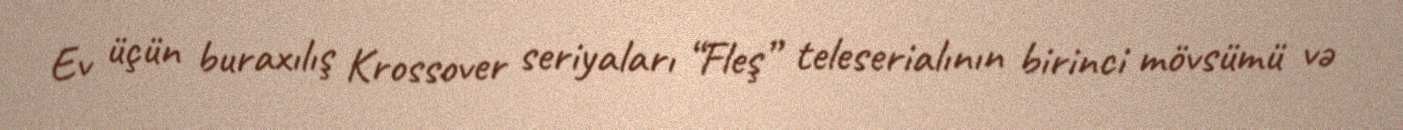
Ev üçün buraxılış Krossover seriyaları “Fleş” teleserialının birinci mövsümü və